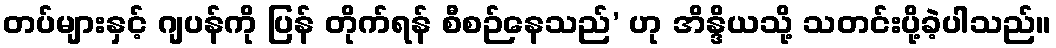
တပ်များနှင့် ဂျပန်ကို ပြန် တိုက်ရန် စီစဉ်နေသည်’ ဟု အိန္ဒိယသို့ သတင်းပို့ခဲ့ပါသည်။